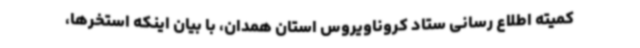
کمیته اطلاع رسانی ستاد کروناویروس استان همدان، با بیان اینکه استخرها،